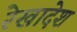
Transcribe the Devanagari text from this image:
रेखादेश